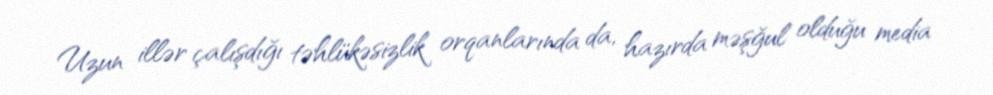
Uzun illər çalışdığı təhlükəsizlik orqanlarında da, hazırda məşğul olduğu media